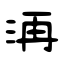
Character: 洅